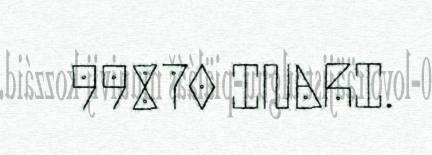
99870 INARI.